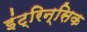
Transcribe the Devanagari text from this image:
इंट्रिन्सिक